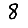
Digit: 8